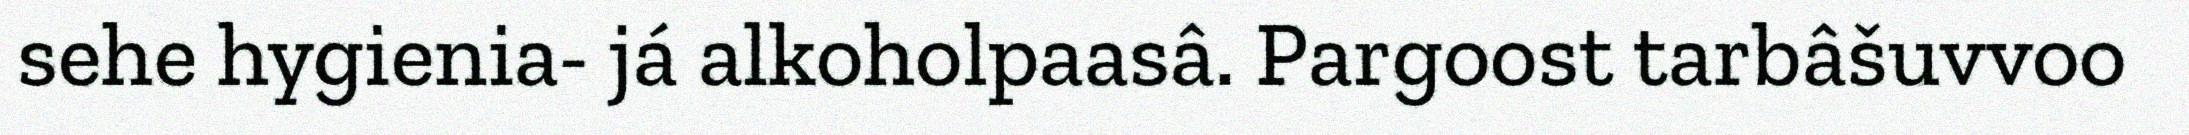
sehe hygienia- já alkoholpaasâ. Pargoost tarbâšuvvoo